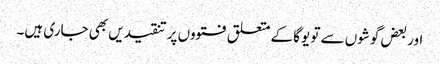
اور بعض گوشوں سے تو یوگا کے متعلق فتووں پر تنقیدیں بھی جاری ہیں۔